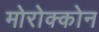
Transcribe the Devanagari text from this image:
मोरोक्कोन